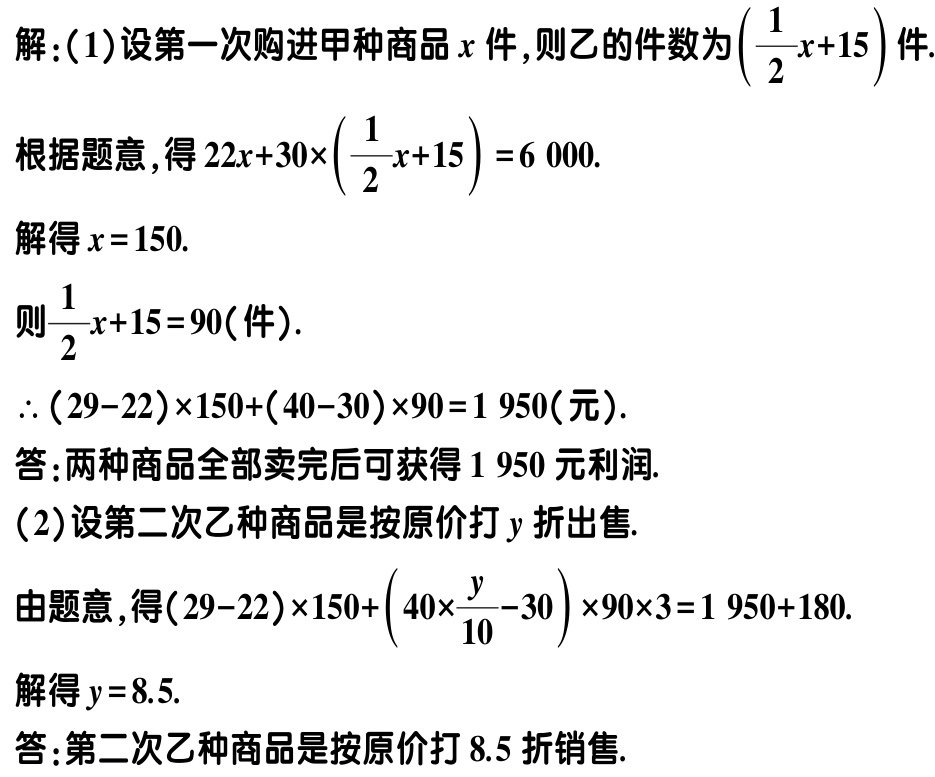
解：(1)设第一次购进甲种商品\(x\)件,则乙的件数为\((\frac{1}{2}x + 15)\)件.

根据题意,得\(22x + 30\times(\frac{1}{2}x + 15)=6000\).

解得\(x = 150\).

则\(\frac{1}{2}x + 15 = 90\)（件）.

\(\therefore(29 - 22)\times150+(40 - 30)\times90 = 1950\)（元）.

答：两种商品全部卖完后可获得\(1950\)元利润.

(2)设第二次乙种商品是按原价打\(y\)折出售.

由题意,得\((29 - 22)\times150+(40\times\frac{y}{10}-30)\times90\times3 = 1950 + 180\).

解得\(y = 8.5\).

答：第二次乙种商品是按原价打\(8.5\)折销售.